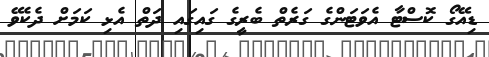
ޑިއޭގޯ ކޮސްޓާ އެވަޓަންގެ ގަރެތް ބެރީގެ ގައިގައި ދަތް އެޅި ކަމަށް ދެކެވޭ